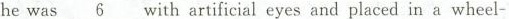
he was \underline{6} with artificial eyes and placed in a wheel-